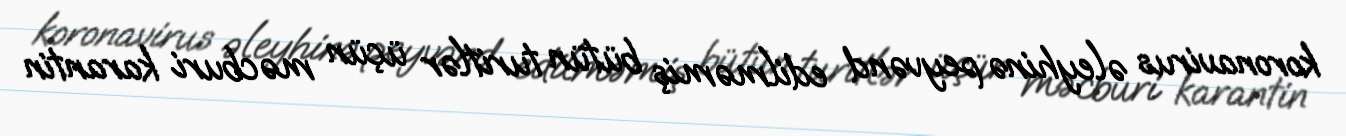
koronavirus əleyhinə peyvənd edilməmiş bütün turitlər üçün məcburi karantin